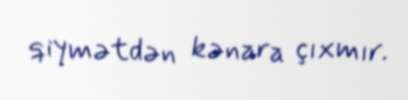
qiymətdən kənara çıxmır.